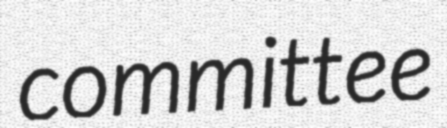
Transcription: committee